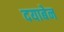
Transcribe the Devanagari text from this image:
दयाबेन